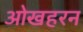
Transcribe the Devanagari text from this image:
ओखहरन